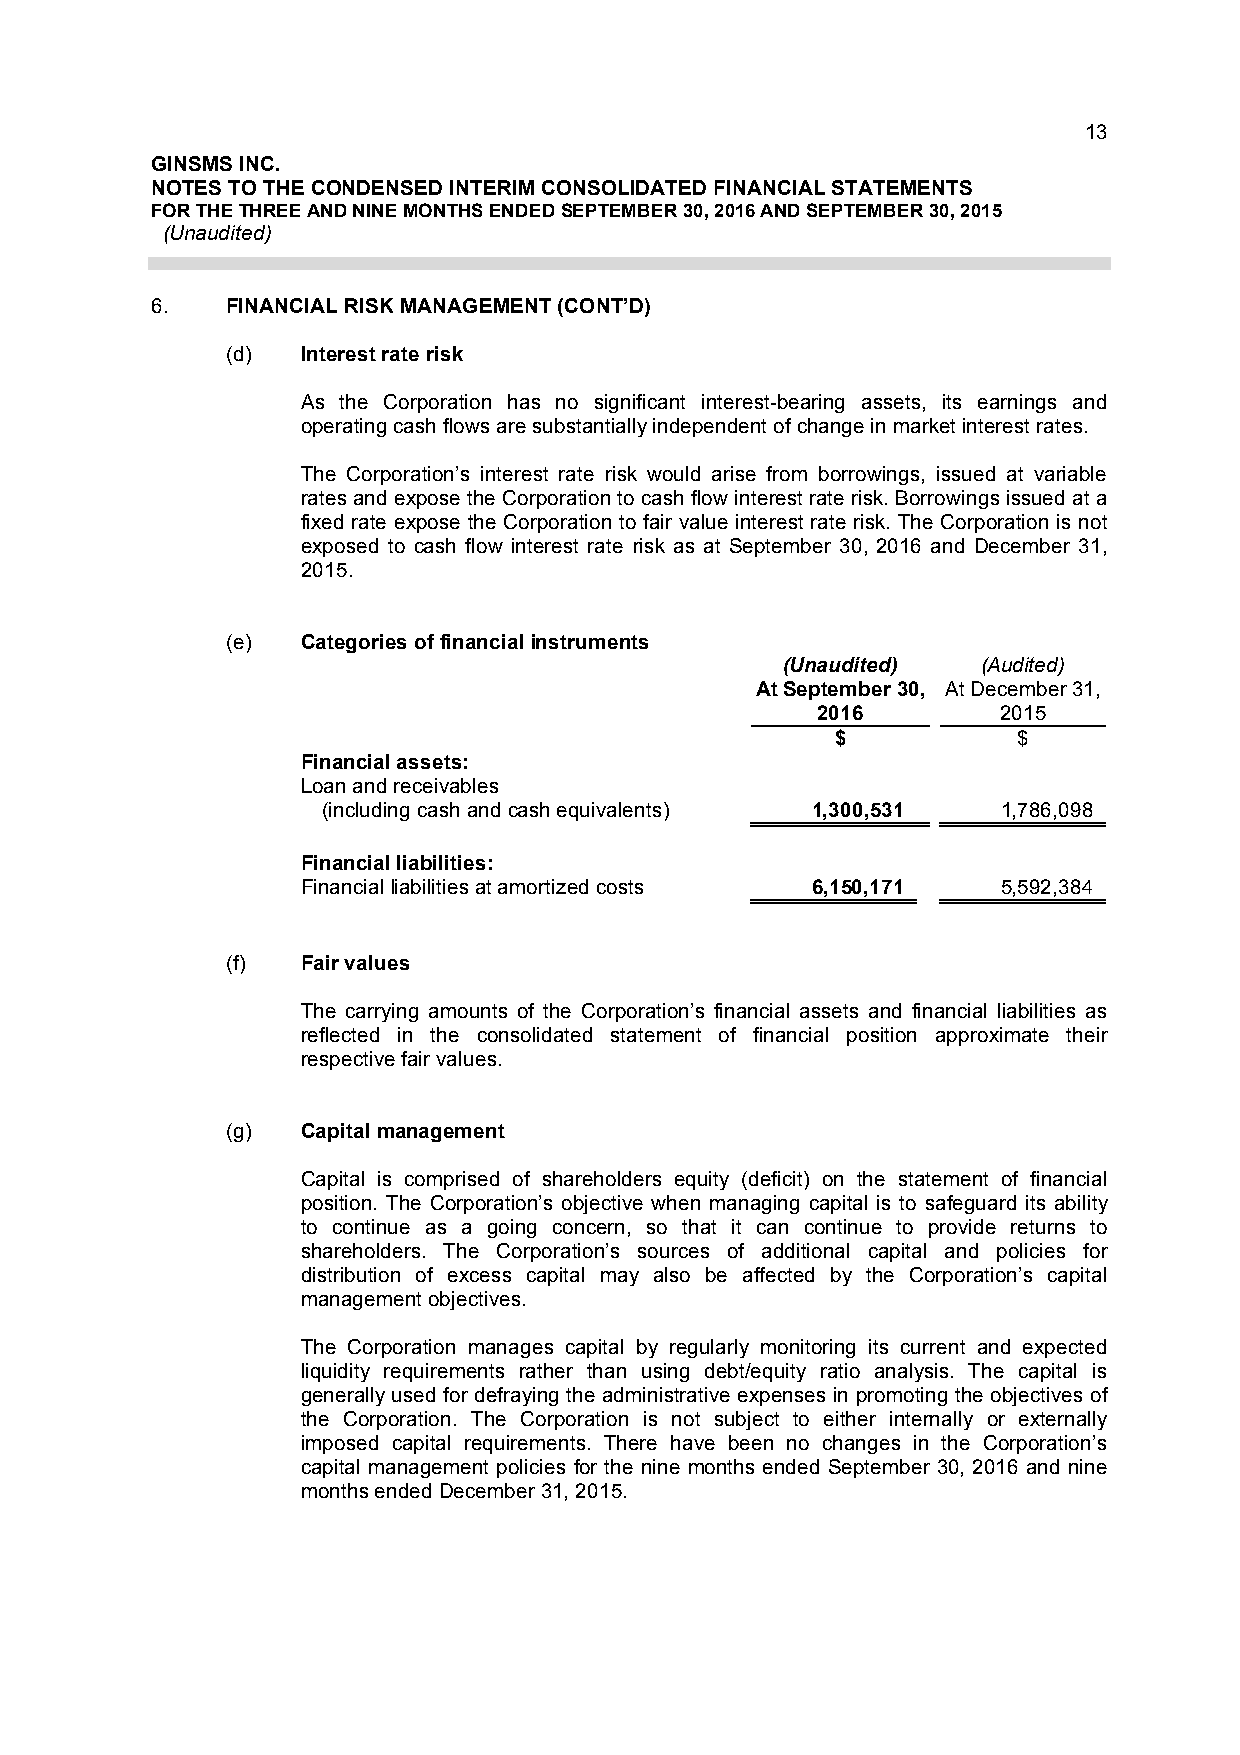
13
 GINSMS INC.
 NOTES TO THE CONDENSED INTERIM CONSOLIDATED FINANCIAL STATEMENTS
 FOR THE THREE AND NINE MONTHS ENDED SEPTEMBER 30, 2016 AND SEPTEMBER 30, 2015
 (Unaudited)
 6.   FINANCIAL RISK MANAGEMENT (CONT’D)
 (d)  Interest rate risk
 As the Corporation has no significant interest-bearing assets, its earnings and
 operating cash flows are substantially independent of change in market interest rates.
 The Corporation’s interest rate risk would arise from borrowings, issued at variable
 rates and expose the Corporation to cash flow interest rate risk. Borrowings issued at a
 fixed rate expose the Corporation to fair value interest rate risk. The Corporation is not
 exposed to cash flow interest rate risk as at September 30, 2016 and December 31,
 2015.
 (e)  Categories of financial instruments
 (Unaudited)  (Audited)
 At September 30, At December 31,
 2016        2015
 $           $
 Financial assets:
 Loan and receivables
 (including cash and cash equivalents) 1,300,531 1,786,098
 Financial liabilities:
 Financial liabilities at amortized costs 6,150,171 5,592,384
 (f)  Fair values
 The carrying amounts of the Corporation’s financial assets and financial liabilities as
 reflected in the consolidated statement of financial position approximate their
 respective fair values.
 (g)  Capital management
 Capital is comprised of shareholders equity (deficit) on the statement of financial
 position. The Corporation’s objective when managing capital is to safeguard its ability
 to continue as a going concern, so that it can continue to provide returns to
 shareholders. The Corporation’s sources of additional capital and policies for
 distribution of excess capital may also be affected by the Corporation’s capital
 management objectives.
 The Corporation manages capital by regularly monitoring its current and expected
 liquidity requirements rather than using debt/equity ratio analysis. The capital is
 generally used for defraying the administrative expenses in promoting the objectives of
 the Corporation. The Corporation is not subject to either internally or externally
 imposed capital requirements. There have been no changes in the Corporation’s
 capital management policies for the nine months ended September 30, 2016 and nine
 months ended December 31, 2015.